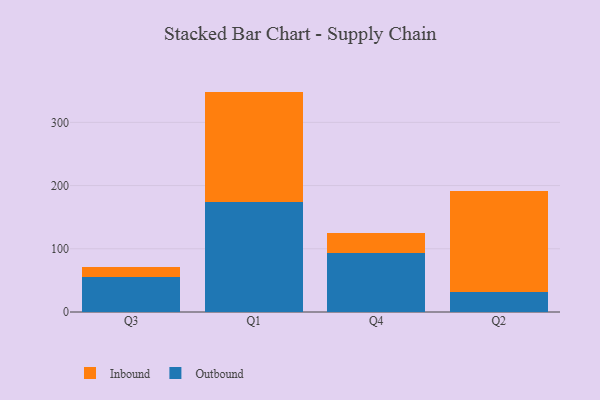
{"axis": {"x": "Quarter", "y": "Budget (USD K)"}, "legend": ["Inbound", "Outbound"], "data": [{"x": "Q3", "y": 56.0, "type": "Outbound"}, {"x": "Q3", "y": 15.0, "type": "Inbound"}, {"x": "Q1", "y": 173.7, "type": "Outbound"}, {"x": "Q1", "y": 175.0, "type": "Inbound"}, {"x": "Q4", "y": 92.8, "type": "Outbound"}, {"x": "Q4", "y": 32.7, "type": "Inbound"}, {"x": "Q2", "y": 31.1, "type": "Outbound"}, {"x": "Q2", "y": 160.3, "type": "Inbound"}]}